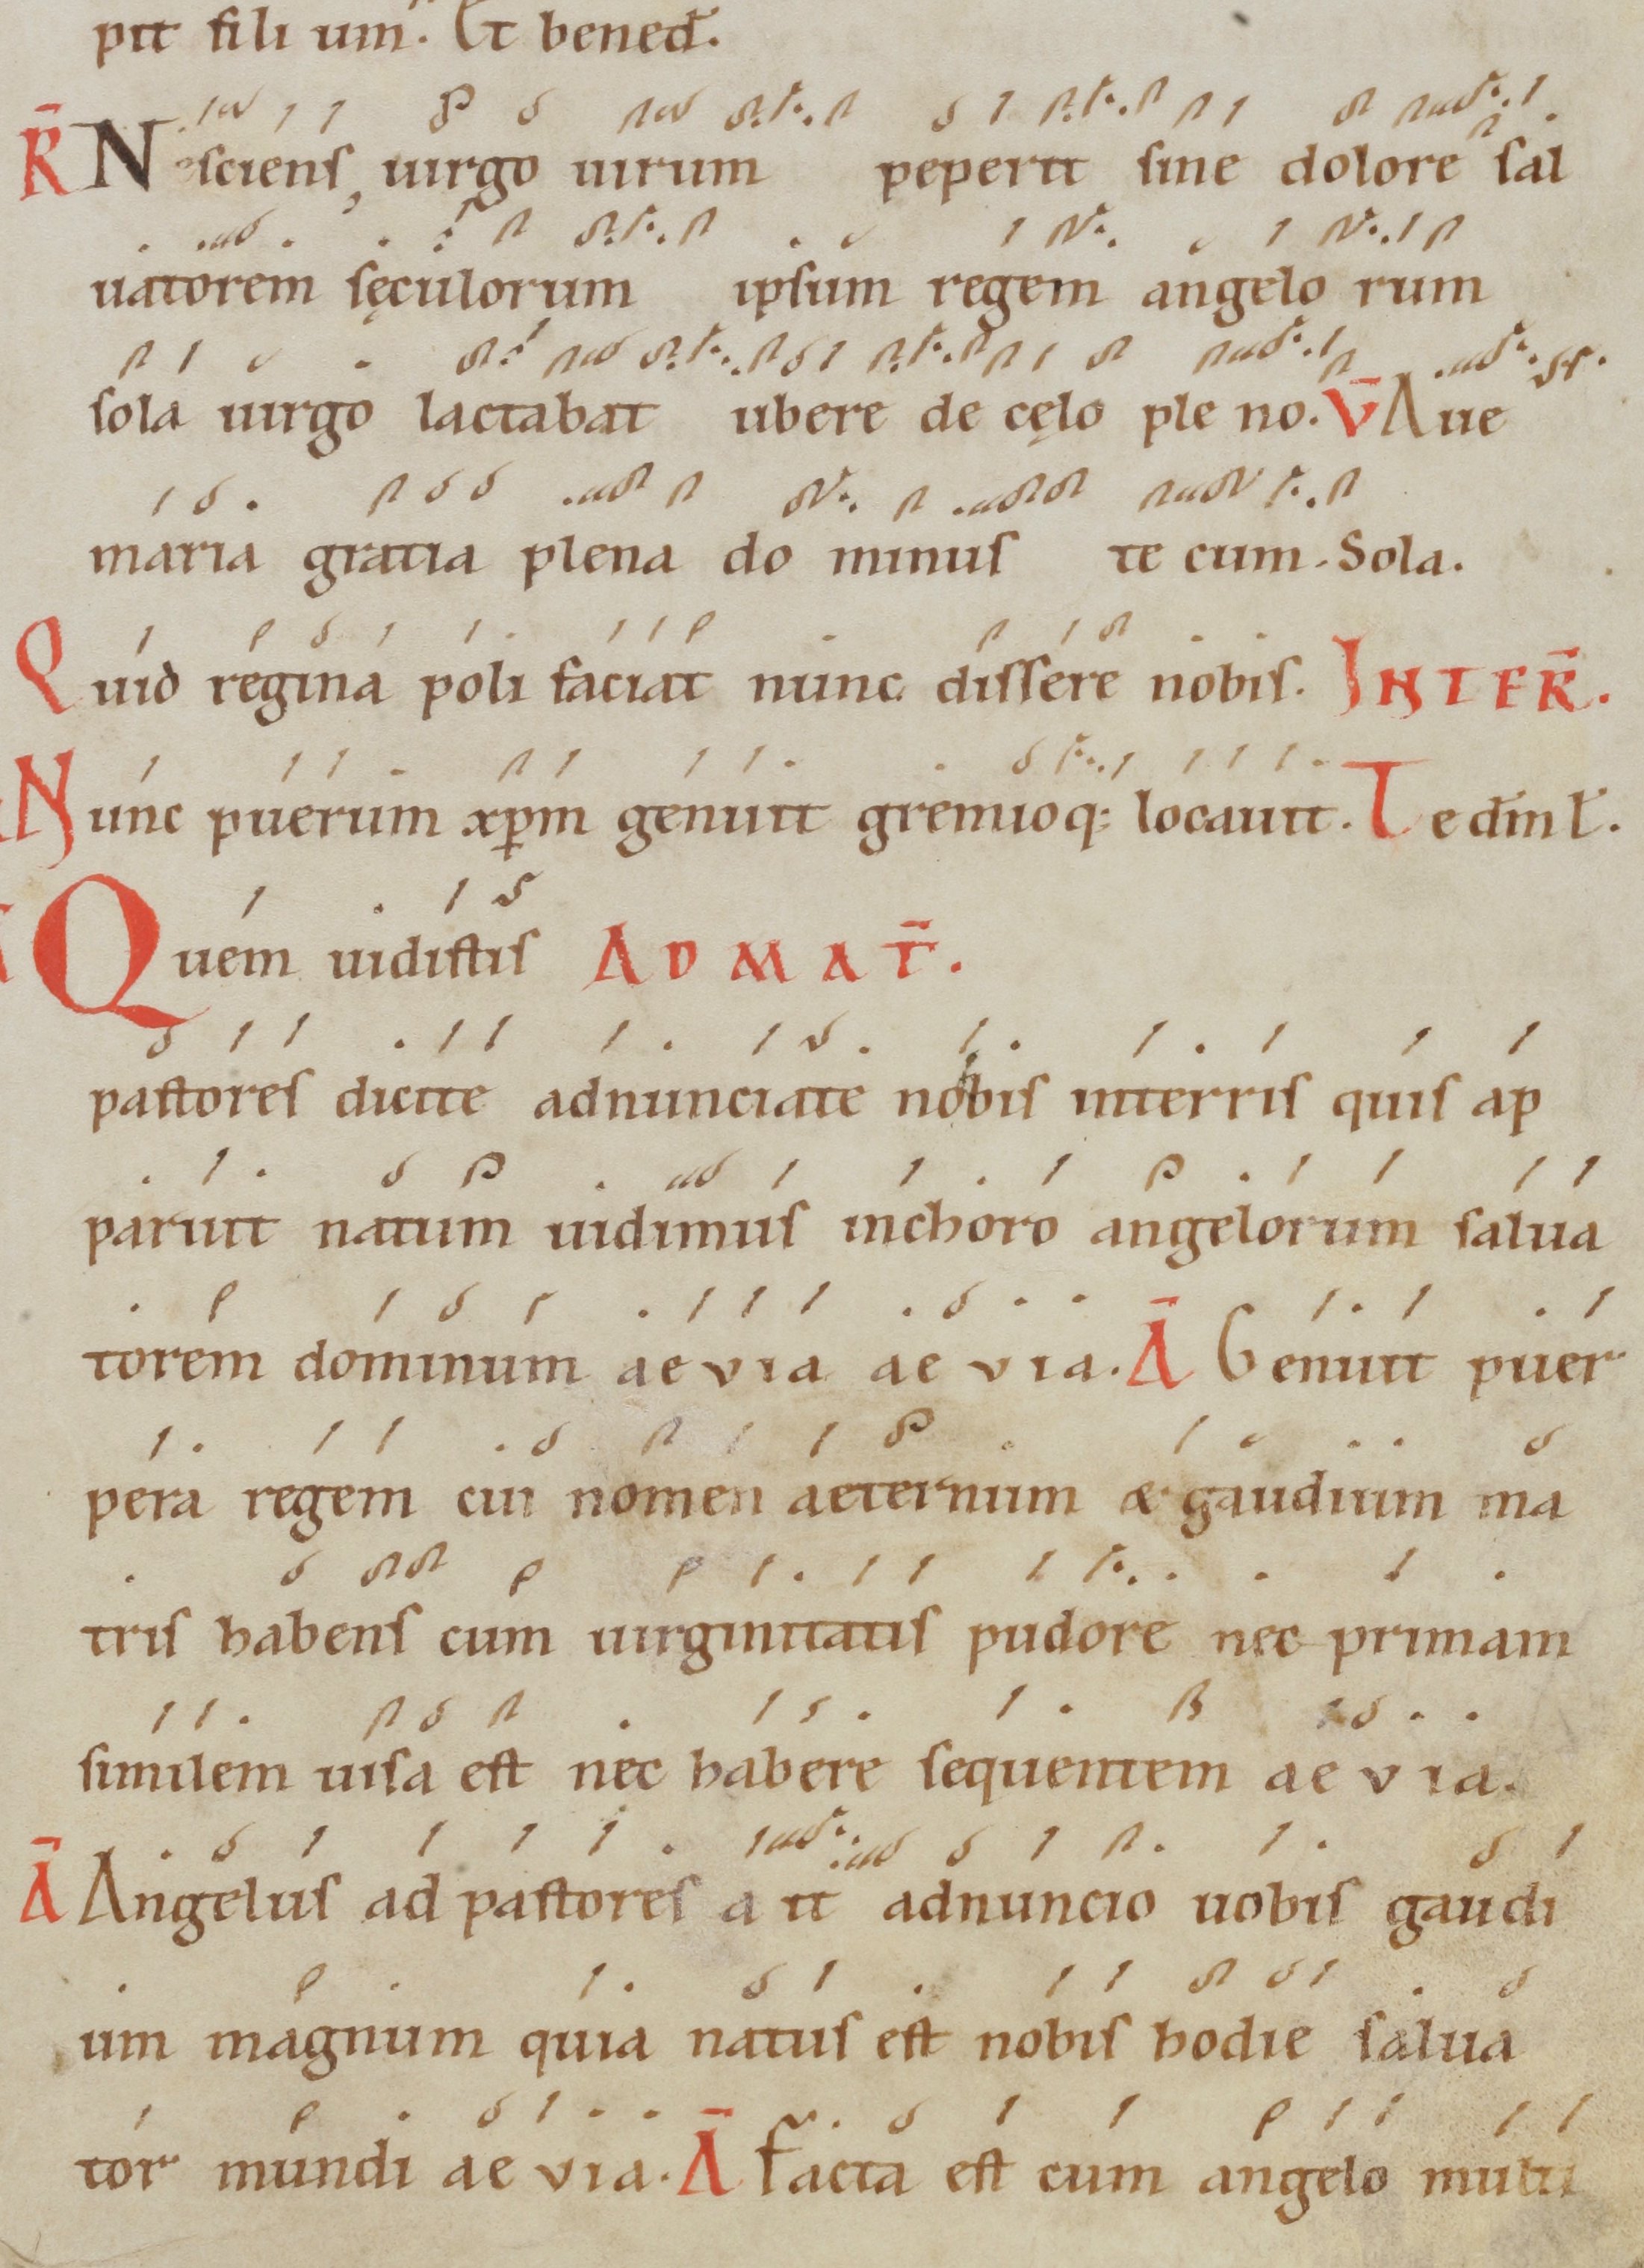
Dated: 1100–1199